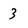
Character: 3